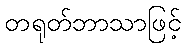
တရုတ်ဘာသာဖြင့်